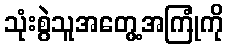
သုံးစွဲသူအတွေ့အကြုံကို